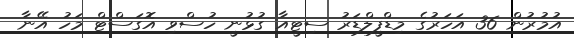
އުމުރުން 36 އަހަރުގެ މިޑްފީލްޑަރު ސިޓީއާ ގުޅުނީ ހުސްވި އޮގަސްޓް މަހު އޭނާ